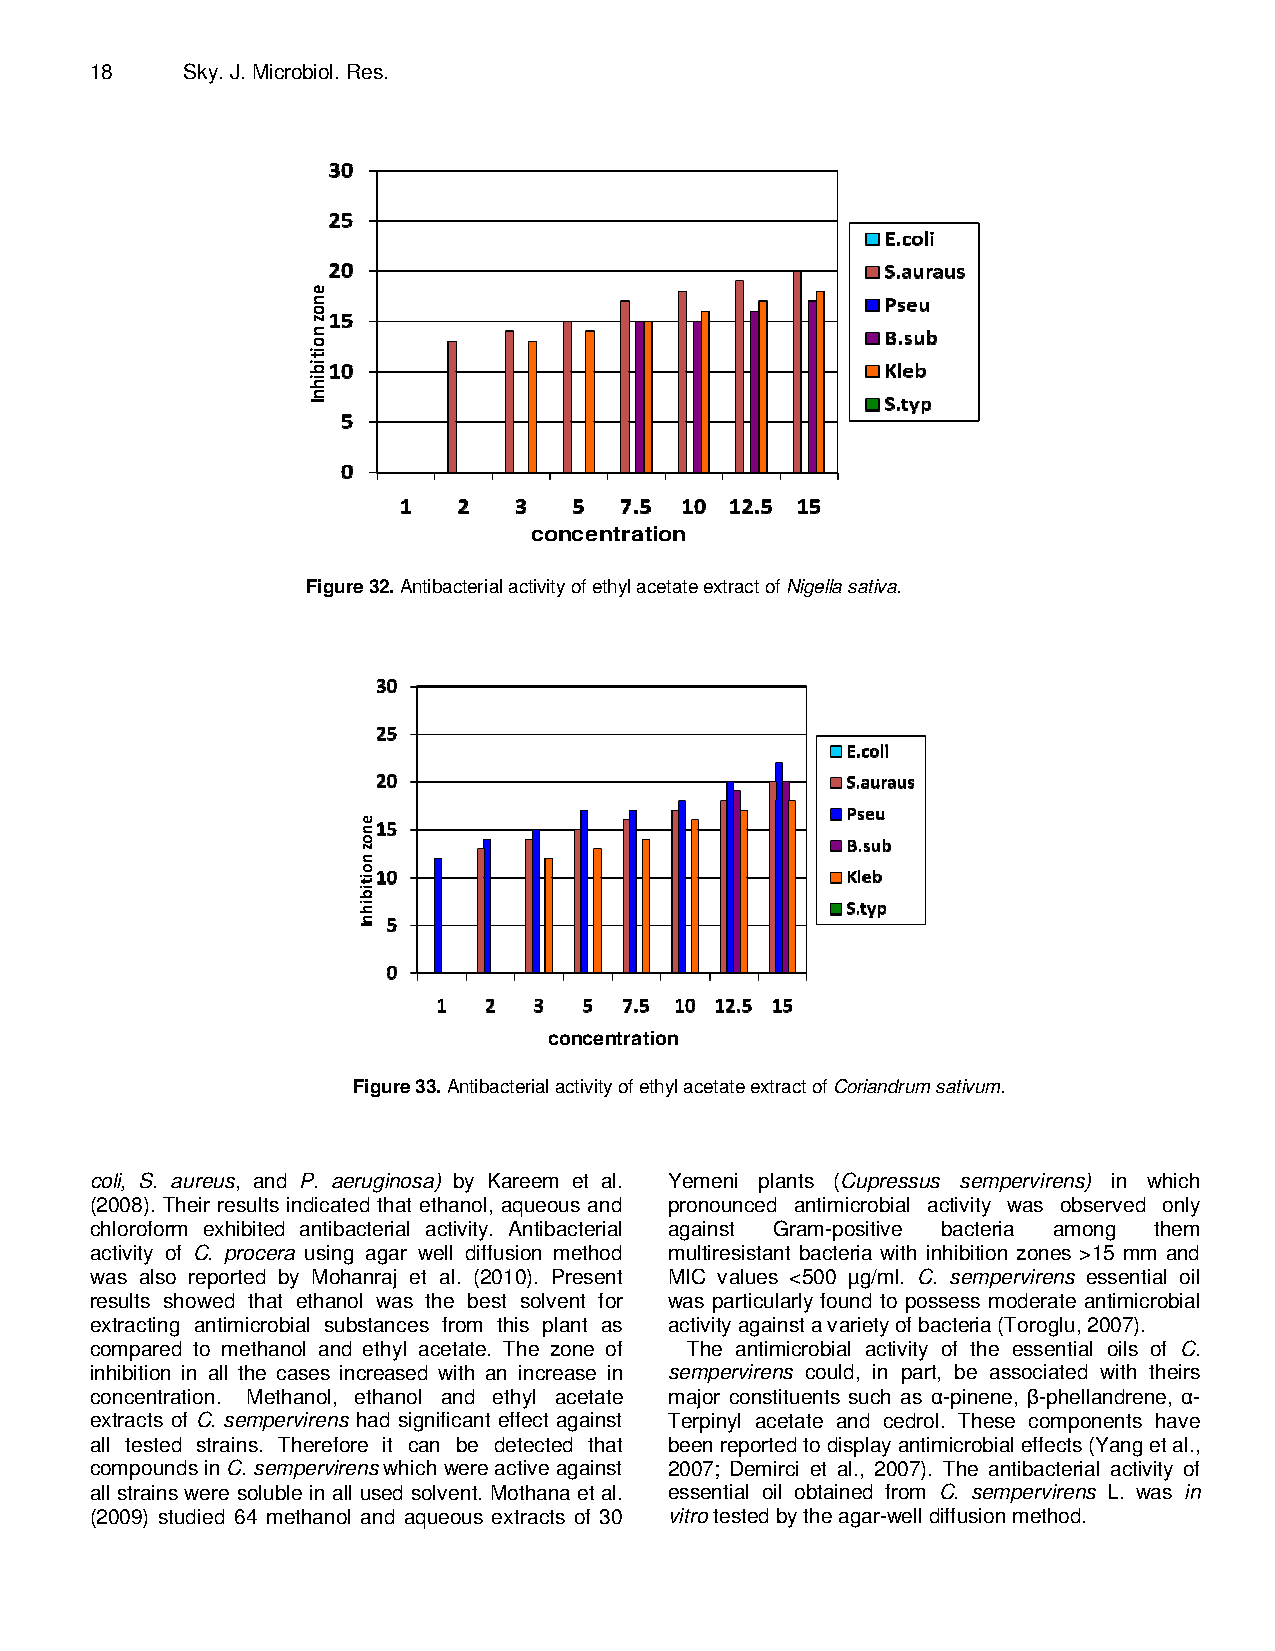
18    Sky. J. Microbiol. Res.
 concentration
 Figure 32. Antibacterial activity of ethyl acetate extract of Nigella sativa.
 concentration
 Figure 33. Antibacterial activity of ethyl acetate extract of Coriandrum sativum.
 coli, S. aureus, and P. aeruginosa) by Kareem et al. Yemeni plants (Cupressus sempervirens) in which
 (2008). Their results indicated that ethanol, aqueous and pronounced antimicrobial activity was observed only
 chloroform exhibited antibacterial activity. Antibacterial against Gram-positive bacteria among them
 activity of C. procera using agar well diffusion method multiresistant bacteria with inhibition zones >15 mm and
 was also reported by Mohanraj et al. (2010). Present MIC values <500 µg/ml. C. sempervirens essential oil
 results showed that ethanol was the best solvent for was particularly found to possess moderate antimicrobial
 extracting antimicrobial substances from this plant as activity against a variety of bacteria (Toroglu, 2007).
 compared to methanol and ethyl acetate. The zone of The antimicrobial activity of the essential oils of C.
 inhibition in all the cases increased with an increase in sempervirens could, in part, be associated with theirs
 concentration. Methanol, ethanol and ethyl acetate major constituents such as α-pinene, β-phellandrene, α-
 extracts of C. sempervirens had significant effect against Terpinyl acetate and cedrol. These components have
 all tested strains. Therefore it can be detected that been reported to display antimicrobial effects (Yang et al.,
 compounds in C. sempervirens which were active against 2007; Demirci et al., 2007). The antibacterial activity of
 all strains were soluble in all used solvent. Mothana et al. essential oil obtained from C. sempervirens L. was in
 (2009) studied 64 methanol and aqueous extracts of 30 vitro tested by the agar-well diffusion method.
 enoz
 noitibihnI
 enoz
 noitibihnI